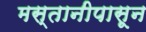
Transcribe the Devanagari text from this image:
मस्तानीपासून